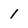
Character: 1